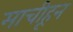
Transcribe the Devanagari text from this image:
माचीहून